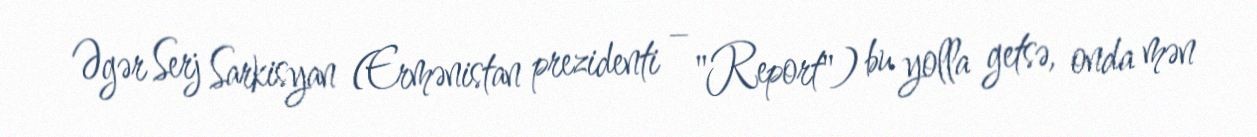
Əgər Serj Sarkisyan (Ermənistan prezidenti – "Report") bu yolla getsə, onda mən